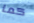
كما